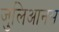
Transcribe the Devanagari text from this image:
जुलिआनस